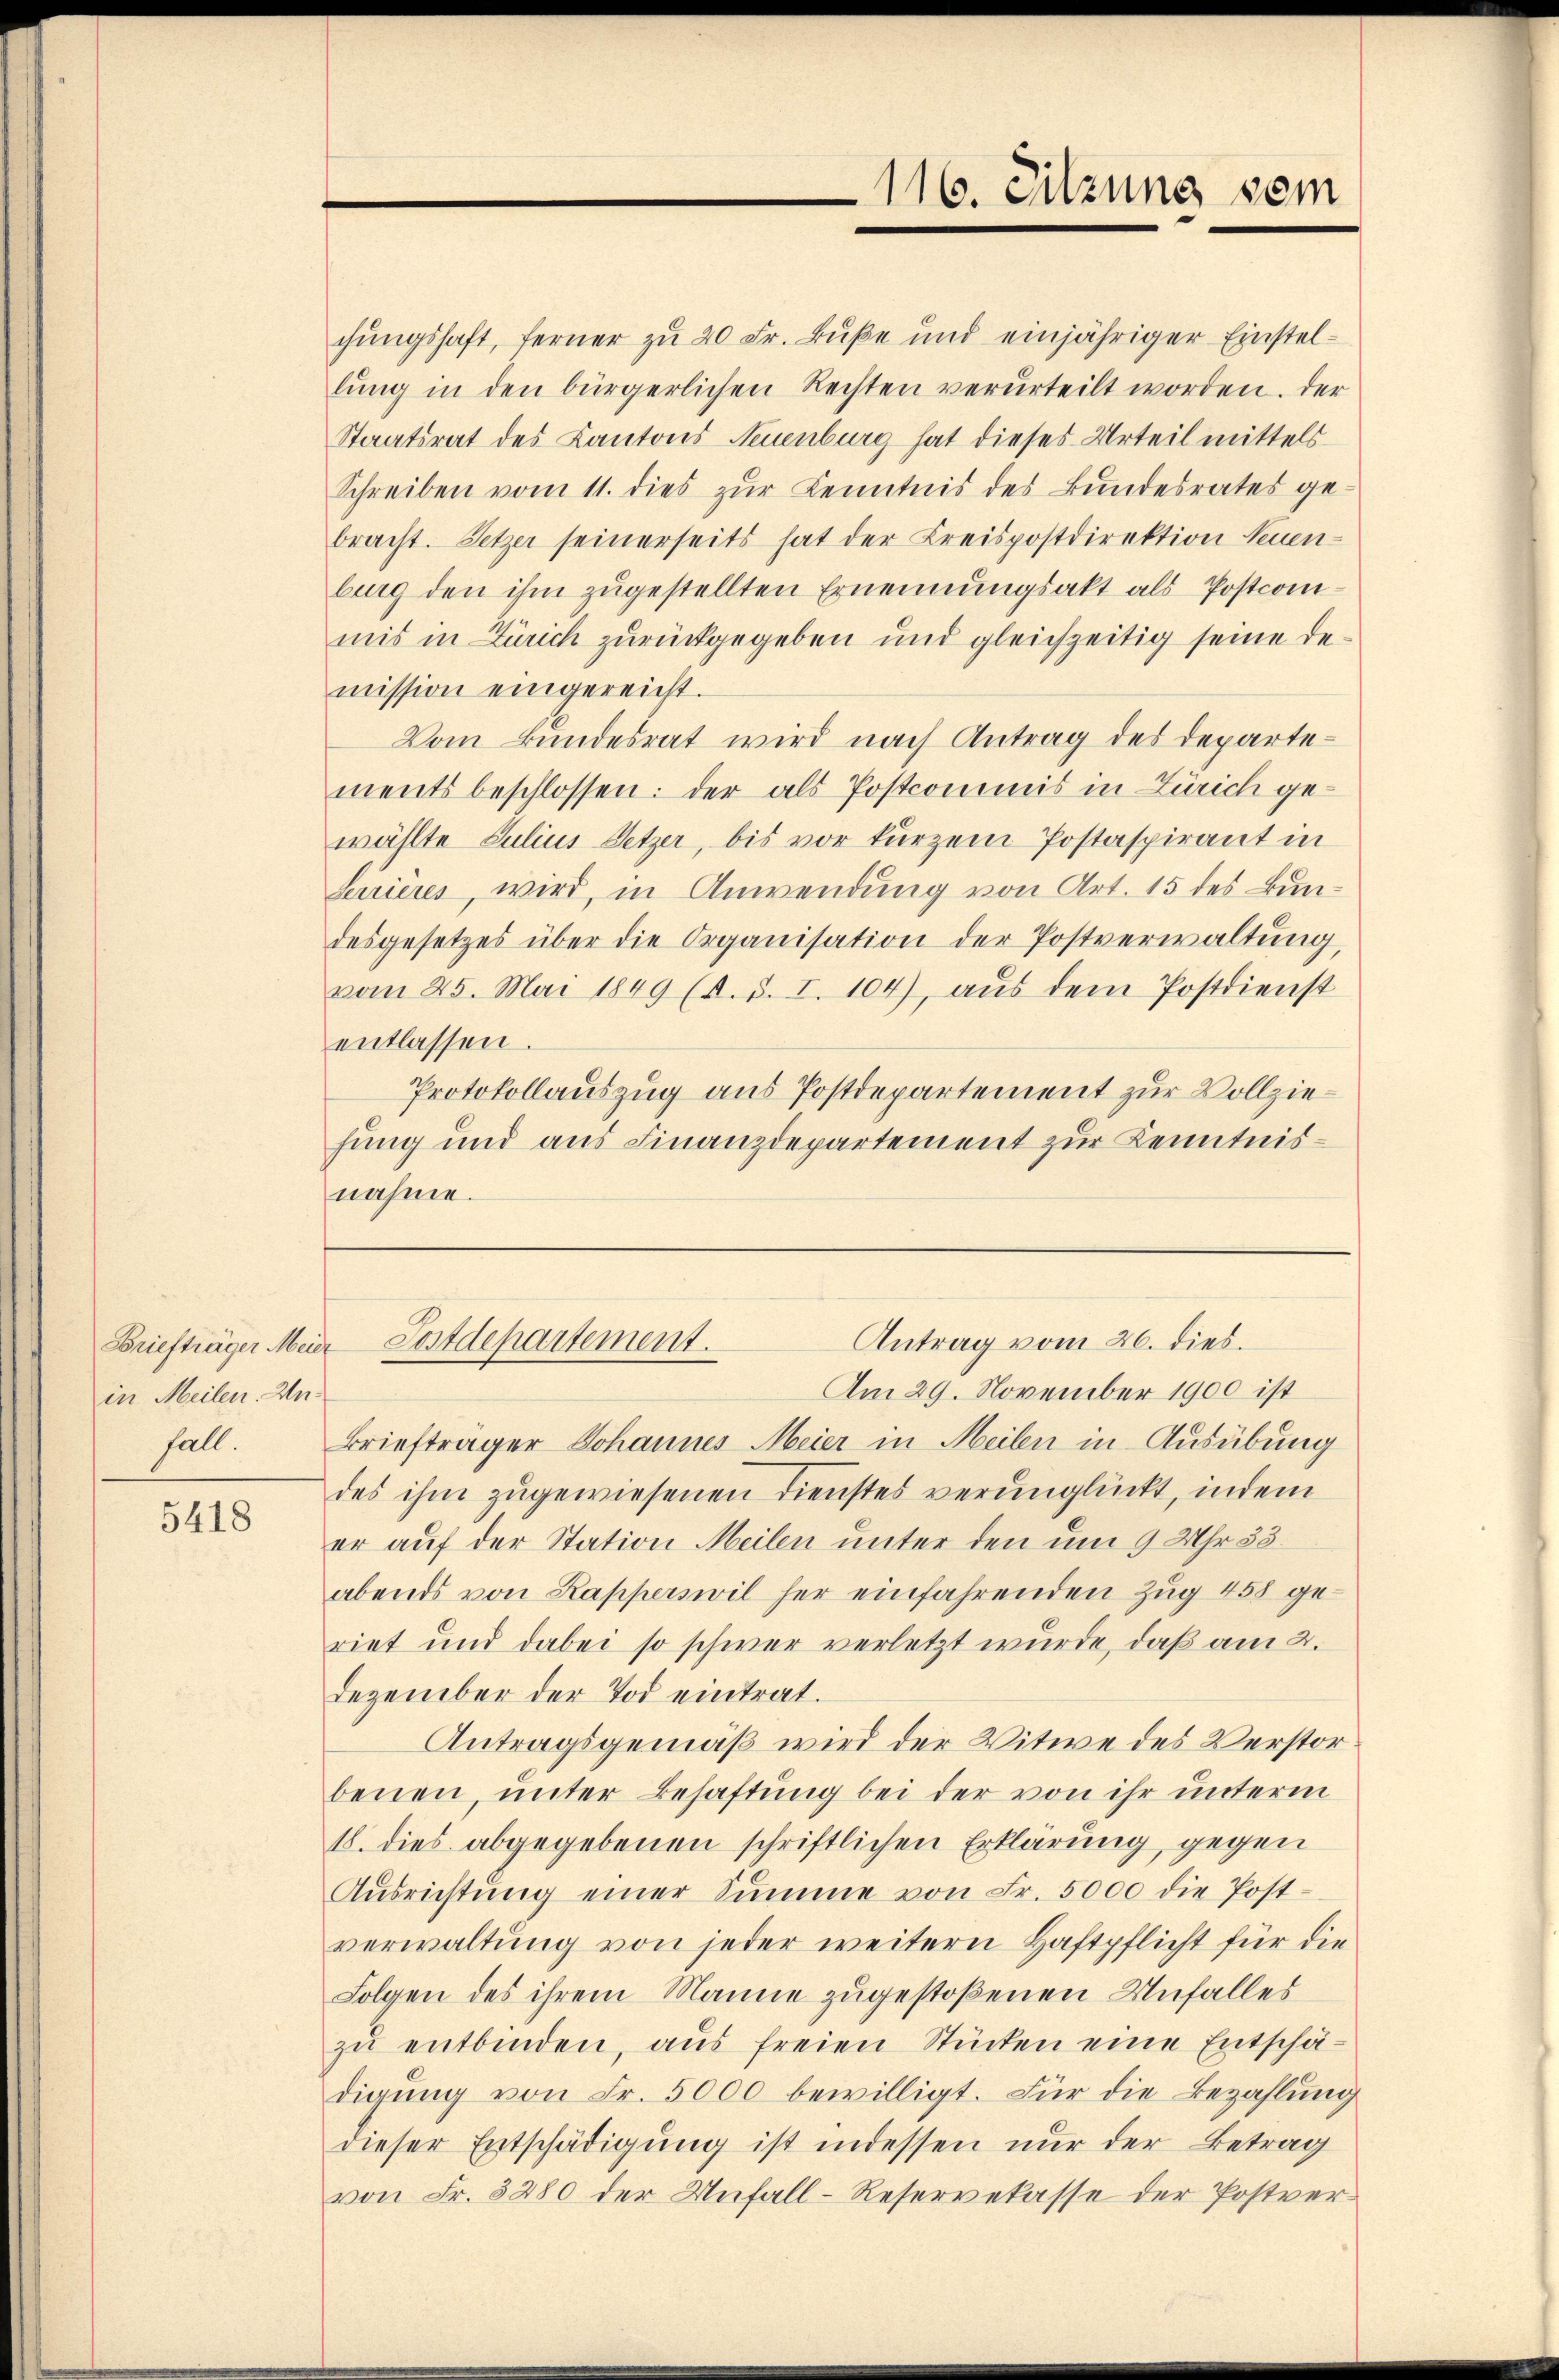
in Meilen. Unfall.

5418

chungshaft, ferner zu 20 Fr. Buße und einjähriger Einstellŭng in den bürgerlichen Rechten verurteilt worden. Der
Staatsrat des Kantons Neuenburg hat dieses Urteil mittels
Schreiben vom 11. dies zŭr Kenntnis des Bundesrates ge-
bracht. Setzer seinerseits hat der Kreispostdirektion Neuenburg den ihm zugestellten Ernennungsakt als Postcommis in Zürich zurückgegeben und gleichzeitig seine Demission eingereicht.
Vom Bundesrat wird nach Antrag des Departements beschlossen: der als Postcommis in Zürich gewählte Julius Setzer, bis vor kurzem Postaspirant in
Serrieres, wird, in Anwendung von Art. 15 des Bundesgesetzes über die Organisation der Postverwaltŭng,
vom 25. Mai 1849 (s. S. I. 104), aus dem Postdienst
entlassen.
Protokollauszug aus Postdepartement zur Vollziehung und aus Finanzdepartement zur Kenntnisnahme.

116. Sitzung sein

Antrag vom 26. dies
Briefträger Meier Postdepartement.

Am 29. November 1900 ist
Briefträger Johannes Meier in Meilen in Ausübung
des ihm zugewiesenen Dienstes verunglückt, indem
er auf der Station Meilen unter den um 9 Uhr 33.
abends von Kapperswil her einfahrenden Zug 458 geriet und dabei so schwer verletzt wurde, daß am 2.
Dezember der Tod eintrat.
Antragsgemäß wird der Witwe des Verstorbenen, unter Behaftung bei der von ihr unterm
18. dies abgegebenen schriftlichen Erklärung gegen
Aŭsrichtŭng einer Sŭmme von Fr. 5000 die Post-
verwaltung von jeder weitern Haftpflicht für die
Folgen des ihrem Manne zugestoßenen Unfalles
zŭ entbinden, aus freien Stücken eine Entschädigung von Fr. 5000 bewilligt. Für die Bezahlung
dieser Entschädigung ist indessen nur der Betrag
von Fr. 3280 der Unfall-Reservekasse der Postver¬